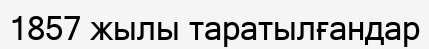
1857 жылы таратылғандар